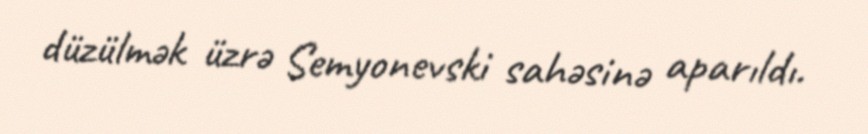
düzülmək üzrə Semyonevski sahəsinə aparıldı.